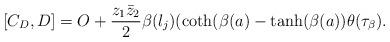
LaTeX: \begin{align*}[C_D,D]=O+\frac{z_1\bar{z}_2}{2}\beta(l_j)(\coth(\beta(a)-\tanh(\beta(a))\theta(\tau_{\beta}).\end{align*}